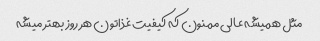
مثل همیشه عالی ممنون که کیفیت غذاتون هر روز بهتر میشه